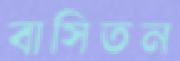
বাসিতন